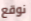
نوقع